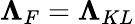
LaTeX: {\mathbf\Lambda}_{F}={\mathbf\Lambda}_{KL}